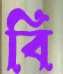
বি